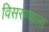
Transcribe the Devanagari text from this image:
विसरण्याला